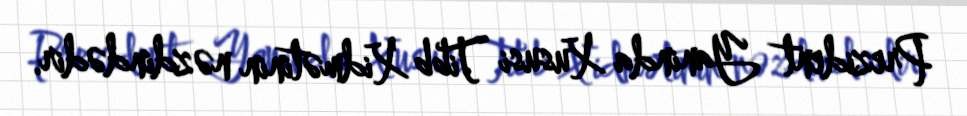
Prezident Yaninda Xususi Tibb Xidmətinin nəzdindədir.